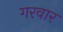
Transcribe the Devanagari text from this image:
गरवार